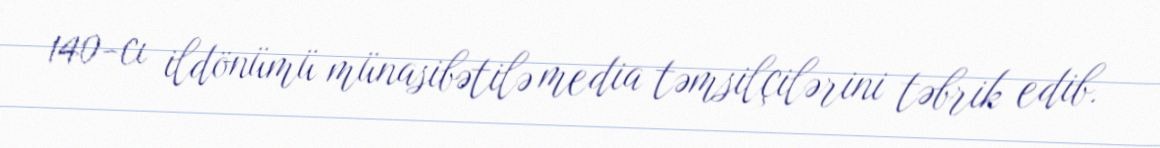
140-cı ildönümü münasibətilə media təmsilçilərini təbrik edib.